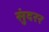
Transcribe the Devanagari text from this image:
सुंदरर